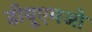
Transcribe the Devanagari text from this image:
डीयूएमओ